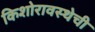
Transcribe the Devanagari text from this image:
किशोरावस्थेची